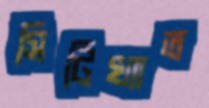
সিটিখ্যাত